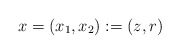
\begin{align*}x = (x_1,x_2) := (z,r)\,\end{align*}